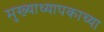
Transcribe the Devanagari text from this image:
मुख्याध्यापकाच्या